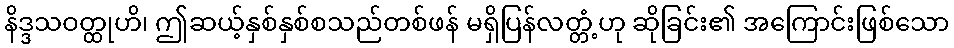
နိဒ္ဒသဝတ္ထုဟိ၊ ဤဆယ့်နှစ်နှစ်စသည်တစ်ဖန် မရှိပြန်လတ္တံ့ဟု ဆိုခြင်း၏ အကြောင်းဖြစ်သော